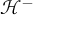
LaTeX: { \mathcal { H } } ^ { - }